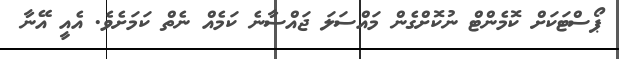
ޕޯސްޓަކަށް ކޮމެންޓް ނުކޮށްގެން މައްސަލަ ޖައްސާނެ ކަމެއް ނެތް ކަމަށެވެ. އެއީ އޭނާ